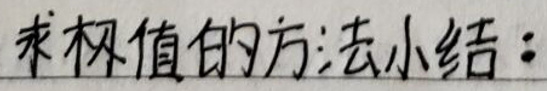
求极限的方法小结：